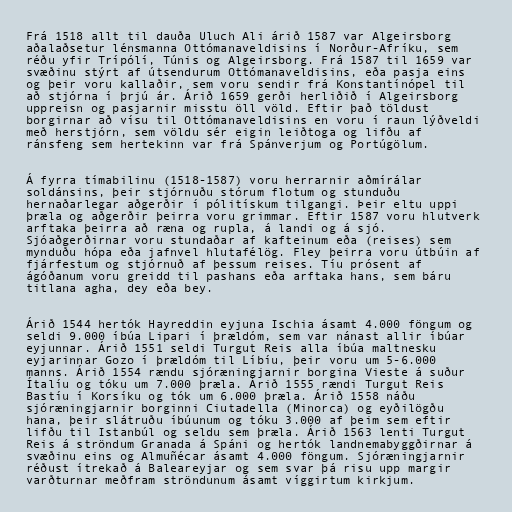
Frá 1518 allt til dauða Uluch Ali árið 1587 var Algeirsborg
aðalaðsetur lénsmanna Ottómanaveldisins í Norður-Afríku, sem
réðu yfir Trípólí, Túnis og Algeirsborg. Frá 1587 til 1659 var
svæðinu stýrt af útsendurum Ottómanaveldisins, eða pasja eins
og þeir voru kallaðir, sem voru sendir frá Konstantínópel til
að stjórna í þrjú ár. Árið 1659 gerði herliðið í Algeirsborg
uppreisn og pasjarnir misstu öll völd. Eftir það töldust
borgirnar að vísu til Ottómanaveldisins en voru í raun lýðveldi
með herstjórn, sem völdu sér eigin leiðtoga og lifðu af
ránsfeng sem hertekinn var frá Spánverjum og Portúgölum.

Á fyrra tímabilinu (1518-1587) voru herrarnir aðmírálar
soldánsins, þeir stjórnuðu stórum flotum og stunduðu
hernaðarlegar aðgerðir í pólitískum tilgangi. Þeir eltu uppi
þræla og aðgerðir þeirra voru grimmar. Eftir 1587 voru hlutverk
arftaka þeirra að ræna og rupla, á landi og á sjó.
Sjóaðgerðirnar voru stundaðar af kafteinum eða (reises) sem
mynduðu hópa eða jafnvel hlutafélög. Fley þeirra voru útbúin af
fjárfestum og stjórnuð af þessum reises. Tíu prósent af
ágóðanum voru greidd til pashans eða arftaka hans, sem báru
titlana agha, dey eða bey.

Árið 1544 hertók Hayreddin eyjuna Ischia ásamt 4.000 föngum og
seldi 9.000 íbúa Lipari í þrældóm, sem var nánast allir íbúar
eyjunnar. Árið 1551 seldi Turgut Reis alla íbúa maltnesku
eyjarinnar Gozo í þrældóm til Líbíu, þeir voru um 5-6.000
manns. Árið 1554 rændu sjóræningjarnir borgina Vieste á suður
Ítalíu og tóku um 7.000 þræla. Árið 1555 rændi Turgut Reis
Bastíu í Korsíku og tók um 6.000 þræla. Árið 1558 náðu
sjóræningjarnir borginni Ciutadella (Minorca) og eyðilögðu
hana, þeir slátruðu íbúunum og tóku 3.000 af þeim sem eftir
lifðu til Istanbúl og seldu sem þræla. Árið 1563 lenti Turgut
Reis á ströndum Granada á Spáni og hertók landnemabyggðirnar á
svæðinu eins og Almuñécar ásamt 4.000 föngum. Sjóræningjarnir
réðust ítrekað á Baleareyjar og sem svar þá risu upp margir
varðturnar meðfram ströndunum ásamt víggirtum kirkjum.